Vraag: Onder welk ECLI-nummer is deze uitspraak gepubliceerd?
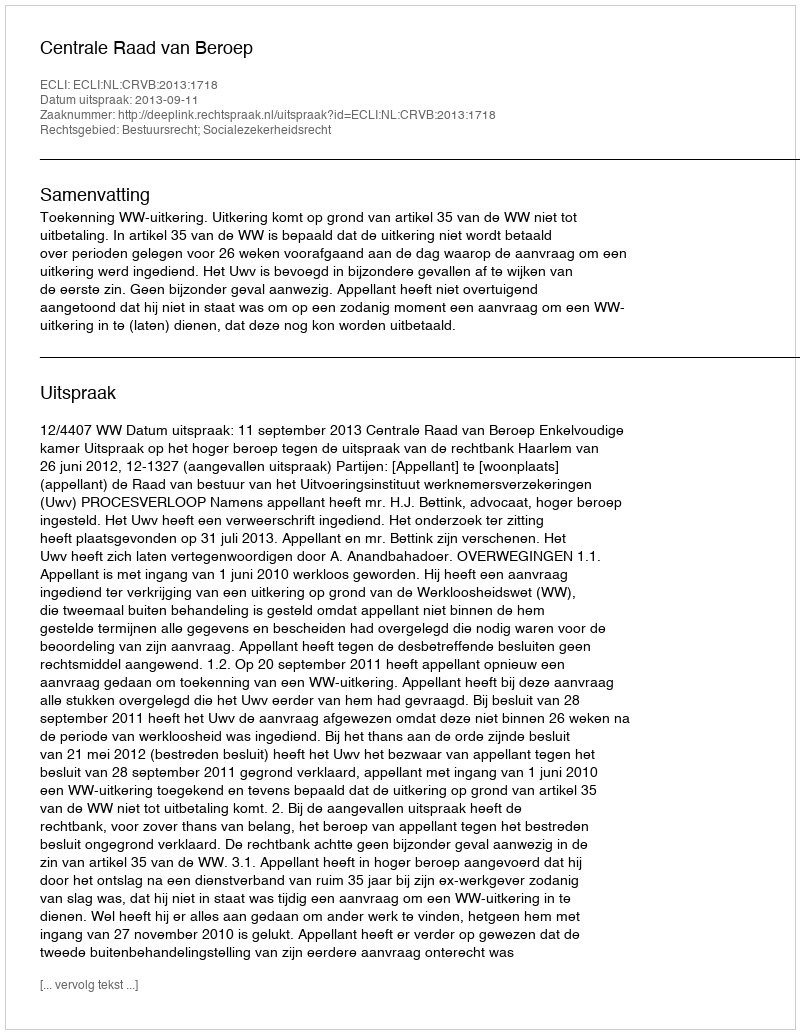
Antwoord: ECLI:NL:CRVB:2013:1718